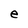
Character: e